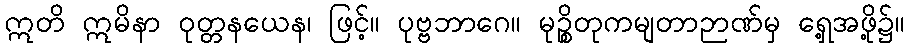
ဣတိ ဣမိနာ ဝုတ္တနယေန၊ ဖြင့်။ ပုဗ္ဗဘာဂေ။ မုဉ္စိတုကမျတာဉာဏ်မှ ရှေ့အဖို့၌။